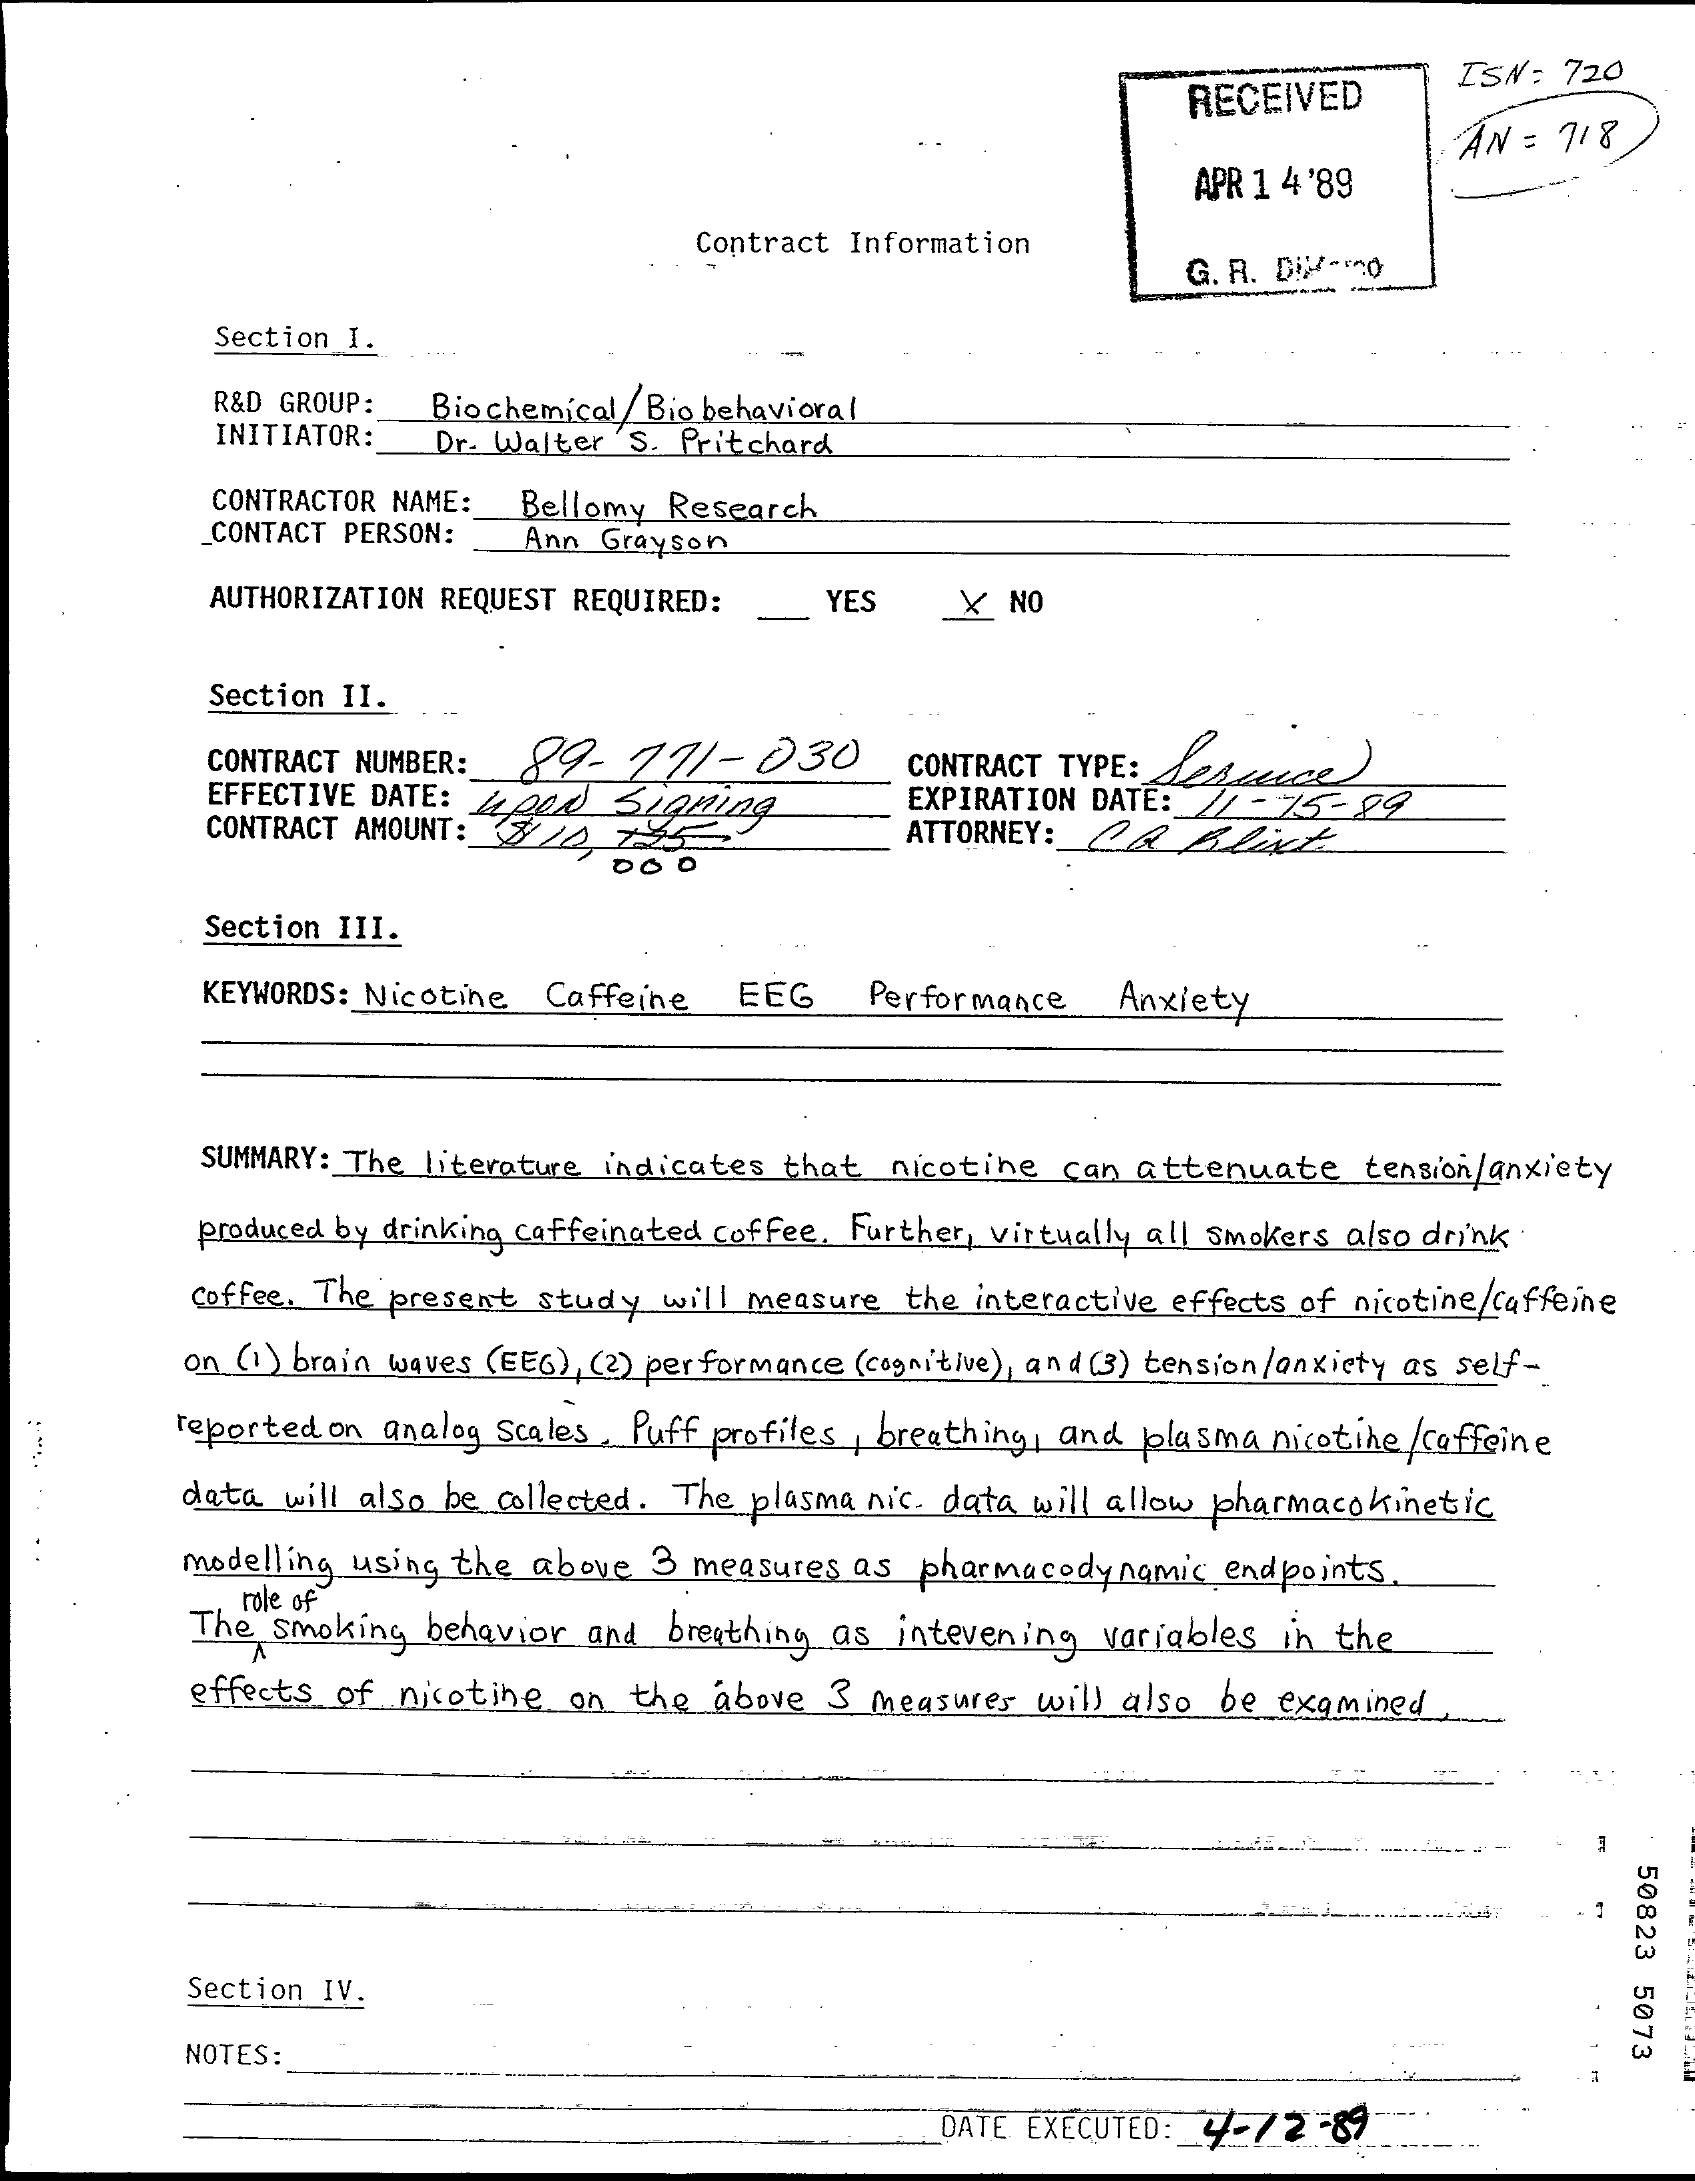
RECEIVED
     ISW: 720
     AN = 718
     APR 1 4 '89
     Contract Information
     G. R. DIM-100
     Section I.
     R&D GROUP:  Biochemical/ Bio behavioral
     INITIATOR:  Dr. Walter 'S. Pritchard
     CONTRACTOR NAME: Bellomy Research
     CONTACT PERSON:  Ann Grayson
     AUTHORIZATION REQUEST REQUIRED:   YES   _X  NO
     Section II.
     CONTRACT NUMBER: 89-771-030    CONTRACT TYPE:
     EFFECTIVE DATE: 4 000 Signing    EXPIRATION DATE: // -75-29
     CONTRACT AMOUNT: < 3 22 7-25    ATTORNEY: (    Blz
     Section III.
     KEYWORDS: Nicotine Caffeine   EEG    Performance   Anxiety
     SUMMARY: The literature indicates that nicotine can attenuate   tension/anxiety
     produced by drinking caffeinated coffee, Further, virtually all smokers also drink
     coffee. The present study will measure the interactive effects of nicotine/caffeine
     on (1 ) brain waves ( EEG), (2) performance (cognitive), and (3) tension/anxiety as self-
     reported on analog Scales Puff profiles , breathing, and plasma nicotine /caffeine
     data will also be collected. The plasma nic. data will allow pharmacokinetic
     modelling using the above 3 measures as  pharmacodynamic  endpoints
     The smoking behavior and  breathing as intevening variables in the
     role of
     effects of nicotine on  the above  3 measures will also be  examined
     50823
     5073
     Section IV.
     NOTES:
     DATE EXECUTED: 4-72  -89
     ---- -